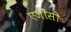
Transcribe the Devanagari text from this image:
एजीसी